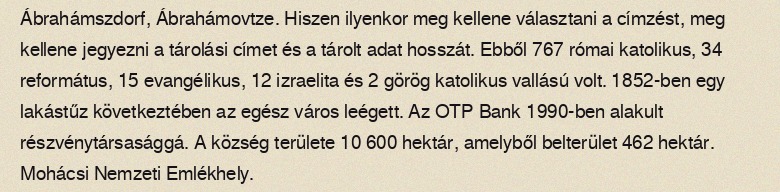
Ábrahámszdorf, Ábrahámovtze. Hiszen ilyenkor meg kellene választani a címzést, meg kellene jegyezni a tárolási címet és a tárolt adat hosszát. Ebből 767 római katolikus, 34 református, 15 evangélikus, 12 izraelita és 2 görög katolikus vallású volt. 1852-ben egy lakástűz következtében az egész város leégett. Az OTP Bank 1990-ben alakult részvénytársasággá. A község területe 10 600 hektár, amelyből belterület 462 hektár. Mohácsi Nemzeti Emlékhely.